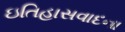
ઇતિહાસવાદના